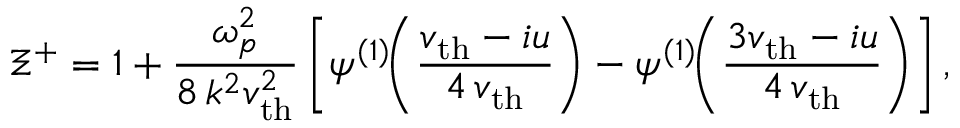
\Xi ^ { + } = 1 + \frac { \omega _ { p } ^ { 2 } } { 8 \, k ^ { 2 } v _ { \mathrm { t h } } ^ { 2 } } \left[ \psi ^ { ( 1 ) } \! \! \left( \frac { v _ { \mathrm { t h } } - i u } { 4 \, v _ { \mathrm { t h } } } \right) - \psi ^ { ( 1 ) } \! \! \left( \frac { 3 v _ { \mathrm { t h } } - i u } { 4 \, v _ { \mathrm { t h } } } \right) \right] ,